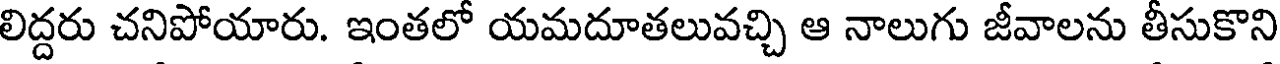
లిద్దరు చనిపోయారు. ఇంతలో యమదూతలువచ్చి ఆ నాలుగు జీవాలను తీసుకొని